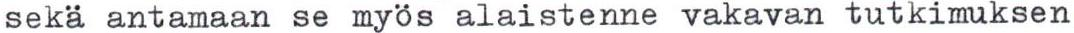
sekä antamaan se myös alaistenne vakavan tutkimuksen